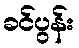
ခင်ပွန်း